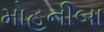
મોહનીબા